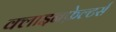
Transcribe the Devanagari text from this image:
क्लाइनफ़ेल्टर्स